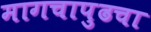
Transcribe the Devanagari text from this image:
मागचापुढचा